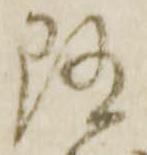
随